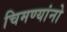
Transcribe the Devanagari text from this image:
चिमण्यांनो